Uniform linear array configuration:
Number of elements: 32
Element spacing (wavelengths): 0.5
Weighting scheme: exponential
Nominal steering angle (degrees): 15
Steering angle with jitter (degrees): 13.687
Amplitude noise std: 0.05
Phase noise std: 0.05

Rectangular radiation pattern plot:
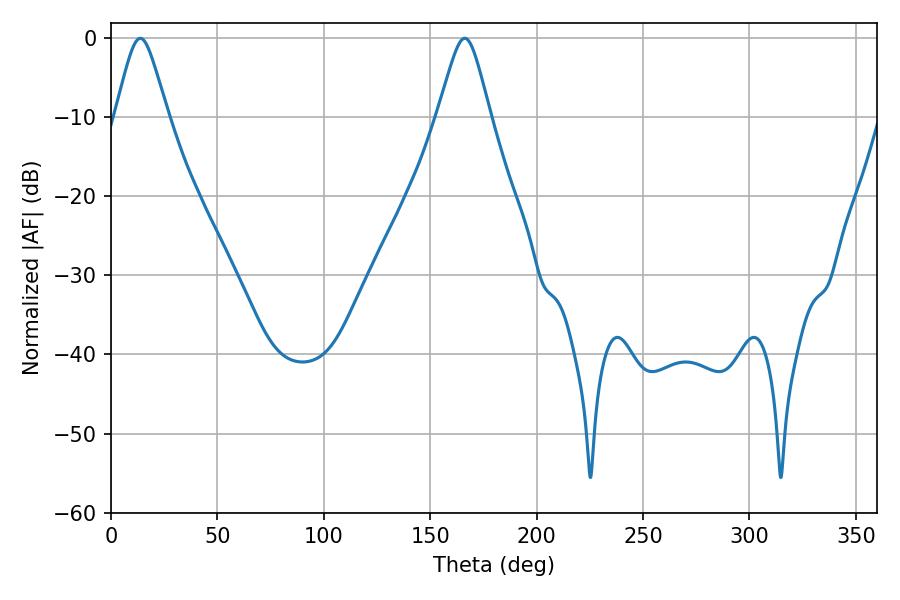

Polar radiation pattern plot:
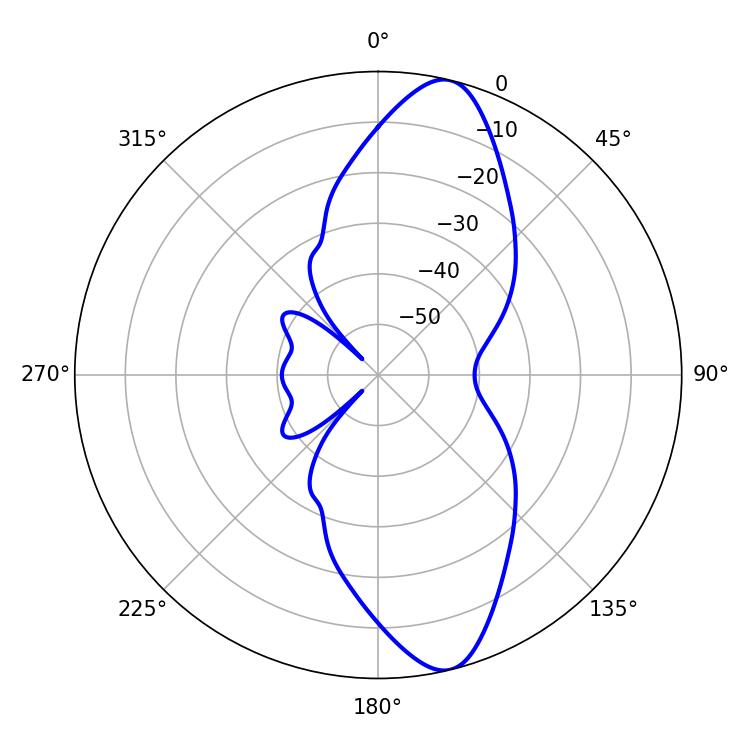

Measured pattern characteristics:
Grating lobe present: FALSE
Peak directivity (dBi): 12.109
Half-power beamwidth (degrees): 11.88
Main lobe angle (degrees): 13.68